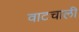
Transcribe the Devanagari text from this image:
वाटचाली